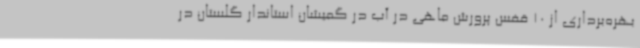
بهره‌برداری از 10 قفس پرورش ماهی در آب در گمیشان استاندار گلستان در